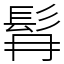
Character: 髥